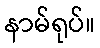
နာမ်ရုပ်။